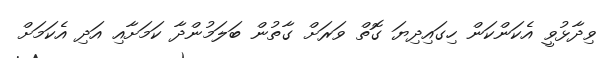
ވިދާޅުވީ އެކަންކަން ހިގައިދިޔަ ގޮތް ވަރަށް ގާތުން ބަލަމުންދާ ކަމަށާއި އަދި އެކަމަށް